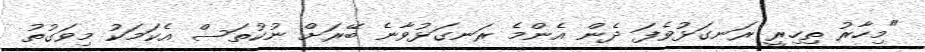
"މިހާރު ތިހިރީ ރަނގަޅުވެފަ ދެން އެންމެ ރަނގަޅުވާނެ ބޭރަށް ނުކުތަސް އެކަމަކު މިވަގުތު